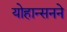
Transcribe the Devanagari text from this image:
योहान्सनने